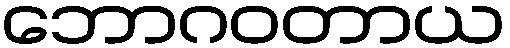
ဘောဂဝတာယ